Source: Handwritten
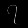
Digit: ၇ (7)